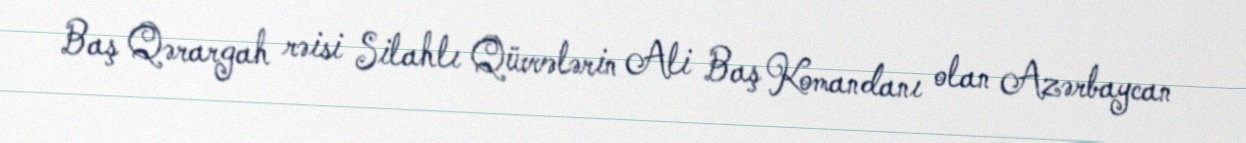
Baş Qərargah rəisi Silahlı Qüvvələrin Ali Baş Komandanı olan Azərbaycan